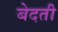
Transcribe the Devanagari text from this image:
बेदती